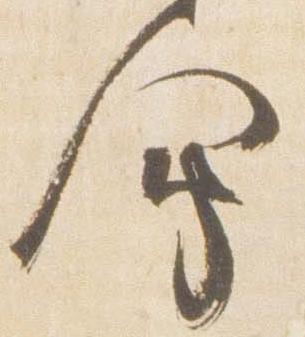
会